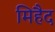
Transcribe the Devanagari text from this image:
मिहैद